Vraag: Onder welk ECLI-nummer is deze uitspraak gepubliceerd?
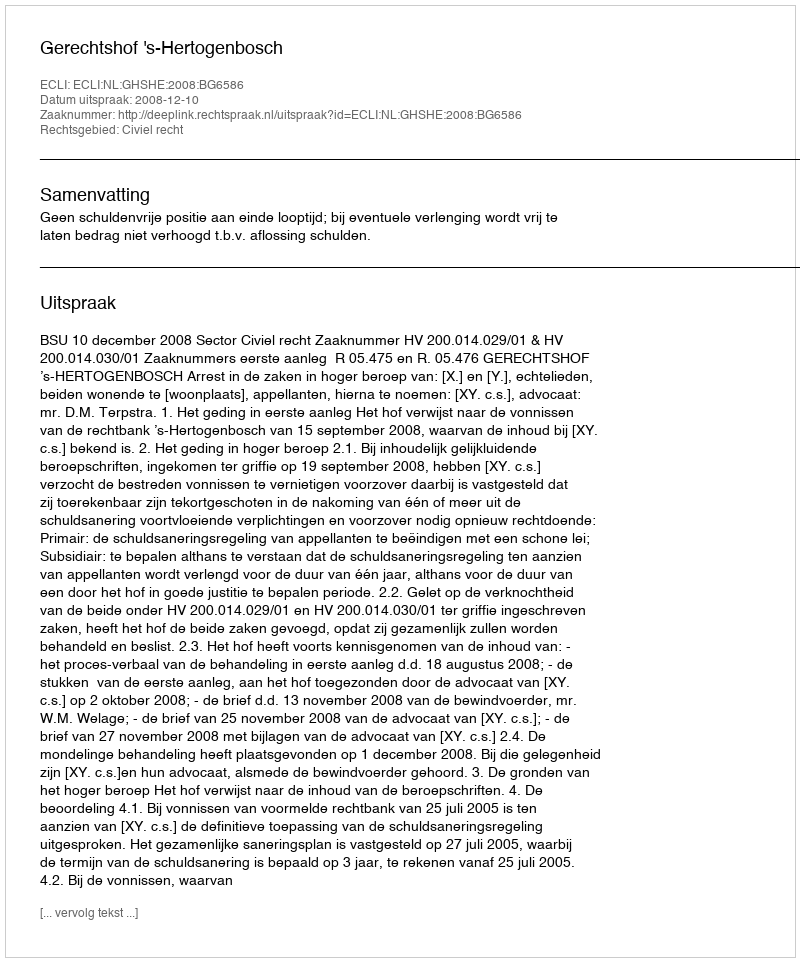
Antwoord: ECLI:NL:GHSHE:2008:BG6586